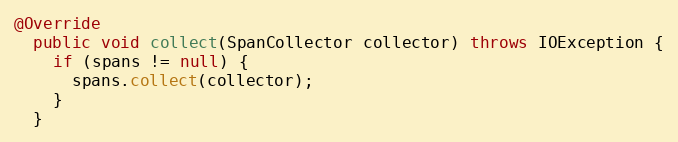
Language: Java
@Override
  public void collect(SpanCollector collector) throws IOException {
    if (spans != null) {
      spans.collect(collector);
    }
  }